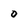
Character: O